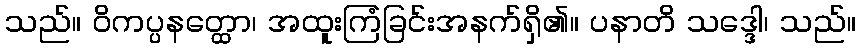
သည်။ ဝိကပ္ပနတ္ထော၊ အထူးကြံခြင်းအနက်ရှိ၏။ ပနာတိ သဒ္ဒေါ၊ သည်။